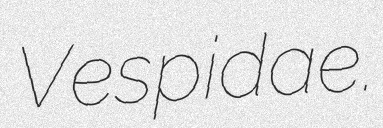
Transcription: Vespidae.